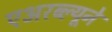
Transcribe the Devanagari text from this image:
एअरब्ल्यूने